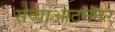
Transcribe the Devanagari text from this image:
सव्वाआठनंतर